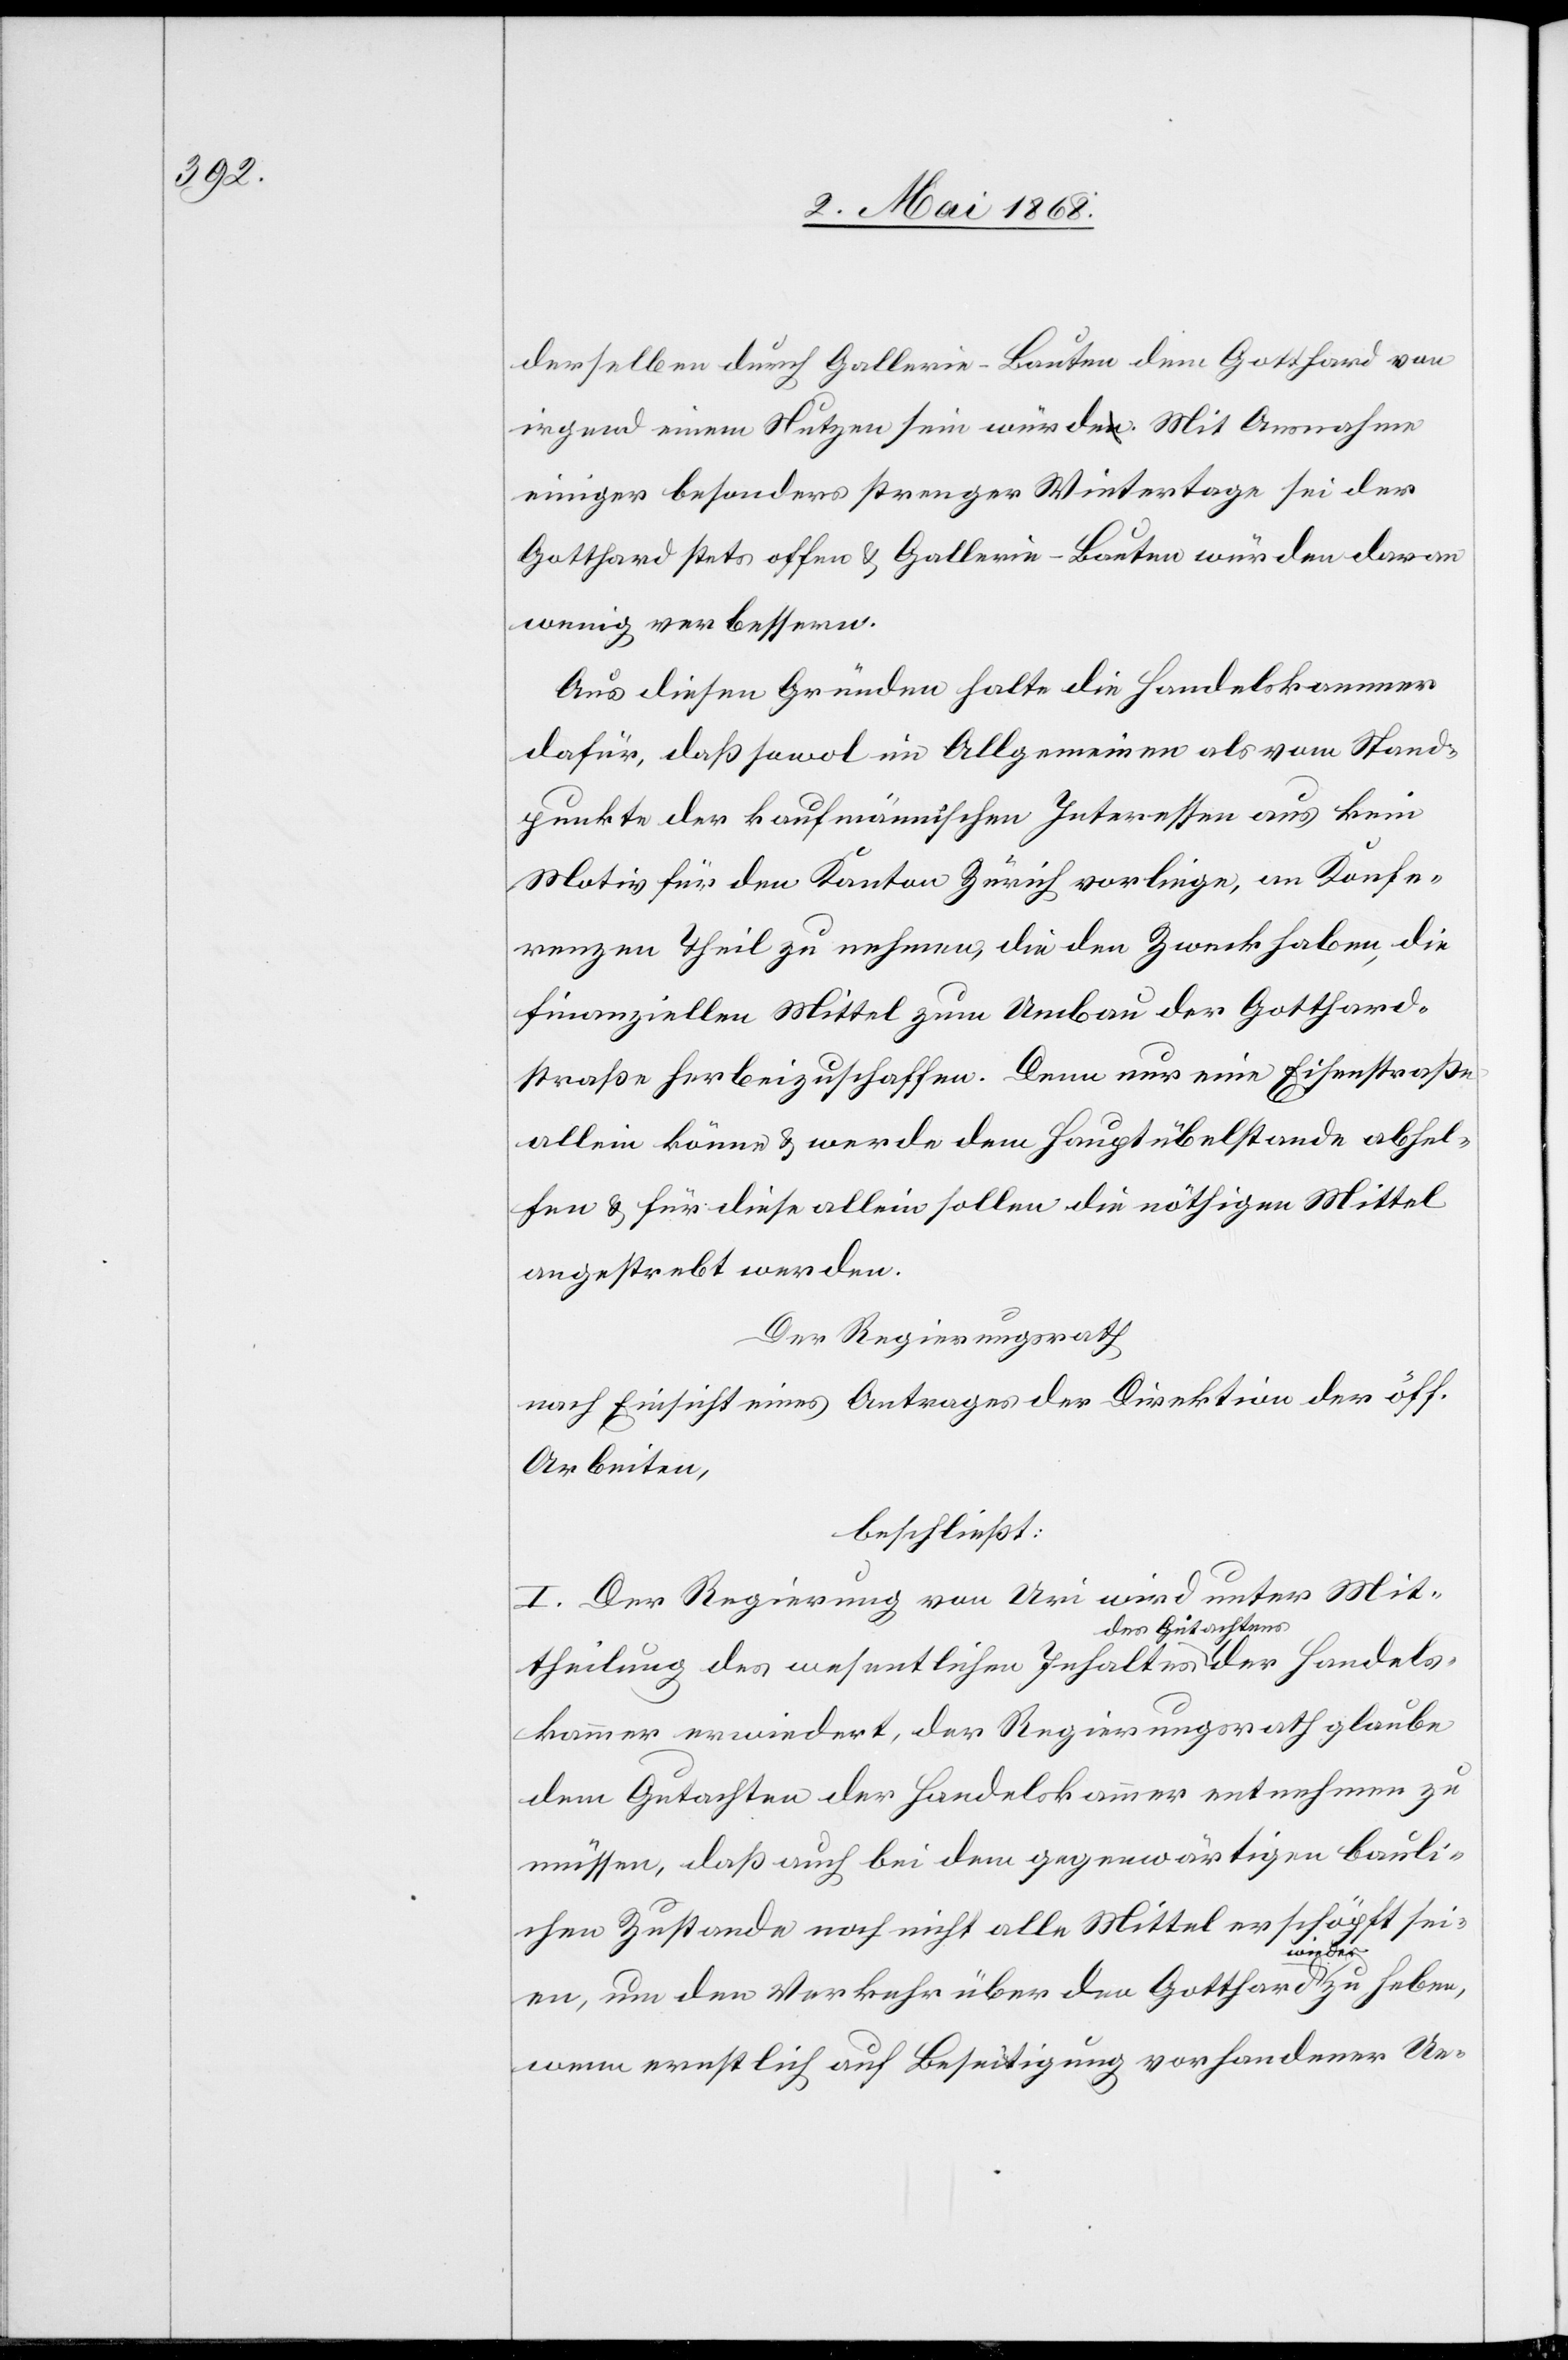
derselben durch Gallerie-Bauten dem Gotthard von
irgend einem Nutzen sein würde. Mit Ausnahme
einiger besonders strenger Wintertage sei der
Gotthard stets offen & Gallerie-Bauten würden daran
wenig verbessern.
Aus diesen Gründen halte die Handelskammer
dafür, daß sowol im Allgemeinen als vom Stand¬
punkte der kaufmännischen Interessen aus kein
Motiv für den Kanton Zürich vorliege, an Konfe¬
renzen Theil zu nehmen, die den Zweck haben, die
finanziellen Mittel zum Umbau der Gotthard¬
straße herbeizuschaffen. Denn nur eine Eisenstraße
allein könne & werde dem Hauptübelstande abhel¬
fen & für diese allein sollen die nöthigen Mittel
angestrebt werden.
Der Regierungsrath
nach Einsicht eines Antrages der Direktion der öff.
Arbeiten,
beschließt:
I. Der Regierung von Uri wird unter Mit¬
theilung des wesentlichen Inhaltes des Gutach¬
kammer erwiedert, der Regierungsrath glaube
dem Gutachten der Handelskammer entnehmen zu
müssen, daß auch bei dem gegenwärtigen bauli¬
chen Zustande noch nicht alle Mittel erschöpft sei¬
Handels¬
en, um den Verkehr über den Gotthard wieder zu heben,
wenn ernstlich auf Beseitigung vorhandener Ue-